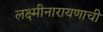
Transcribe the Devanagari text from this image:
लक्ष्मीनारायणाची